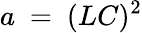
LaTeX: a~=~(LC)^{2}